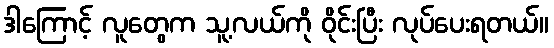
ဒါကြောင့် လူတွေက သူ့လယ်ကို ဝိုင်းပြီး လုပ်ပေးရတယ်။